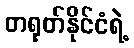
တရုတ်နိုင်ငံရဲ့